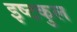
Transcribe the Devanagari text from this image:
इष्टकुल